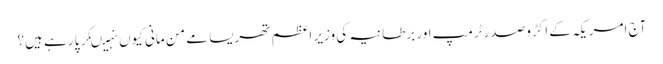
آج امریکہ کے اکڑو صدر ٹرمپ اور برطانیہ کی وزیر اعظم تھریسا مے من مانی کیوں نہیںکر پا رہے ہیں؟